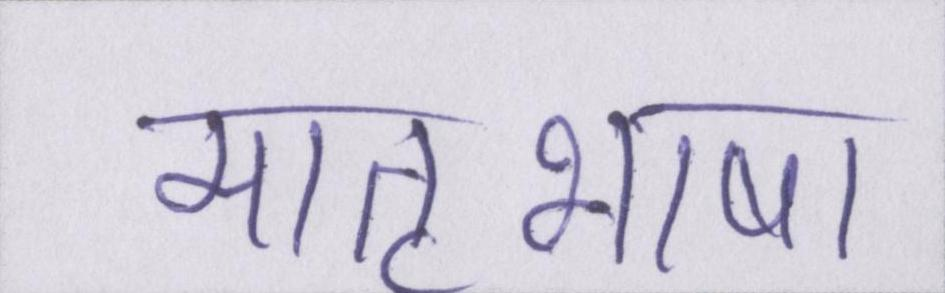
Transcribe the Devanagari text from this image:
मातृभाषा